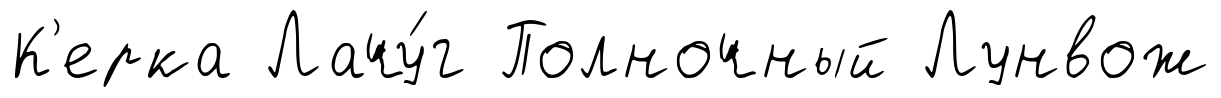
К'ерка Лачу́г Полночный Лунвож